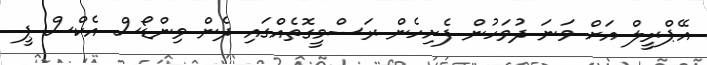
އޭޕްރީލް އަށް ވަނަ ދުވަހުން ފެށިހެން ރަސްމީގޮތެއްގައި ދެން ވިންޑޯސް އެކްސް ޕީ